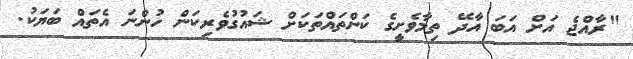
"ރާއްޖެ އަށް އަބަ އާދޭ ތިމާވެށީގެ ކަންތައްތަކަށް ޝައުގުވެރިކަން ހުންނަ އެތައް ބަޔަކު.